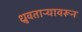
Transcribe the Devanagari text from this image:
ध्रुवताऱ्यावरून